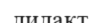
дидакт